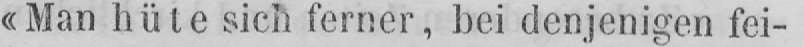
«Man hüte sich ferner, bei denjenigen fei-